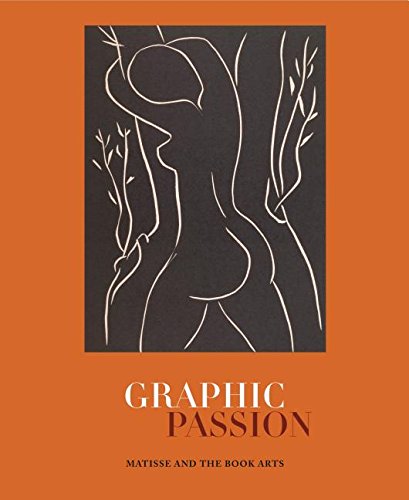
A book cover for Graphic Passion: Matisse and the Book Arts (Penn State Series in the History of the Book); John Bidwell; Crafts, Hobbies & Home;